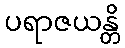
ပရာဇယန္တိ